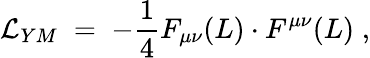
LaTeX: {\cal L}_{YM}\; =\; -\frac{1}{4}F_{\mu\nu}(L)\cdot F^{\mu\nu}(L)\; ,